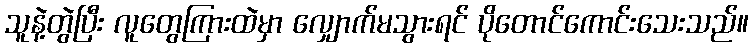
သူနဲ့တွဲပြီး လူတွေကြားထဲမှာ လျှောက်မသွားရင် ပိုတောင်ကောင်းသေးသည်။